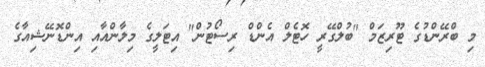
މި ބްރޭންޑުގެ ޓޫރިޒަމް "ބުލްގޭރީ ހޮޓެލް އެންޑް ރިސޯޓުން" އިޓަލީގެ މިލާންއާއި އިންޑޮނޭޝިއާގެ